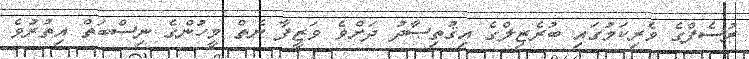
ރުސެފްގެ ވެރިކަމުގައި ބުރެޒިލްގެ އިޤުތިޞާދު ދަށްވެ ވަޒީފާ ނެތް މީހުންގެ ނިސްބަތް އިތުރުވެ